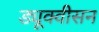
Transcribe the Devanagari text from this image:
ड्यूक्वीसन